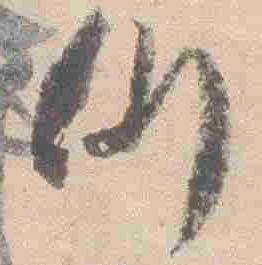
例